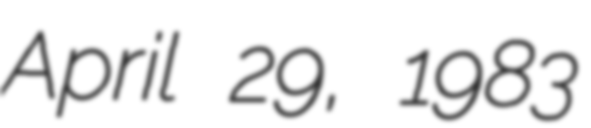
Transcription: April 29, 1983